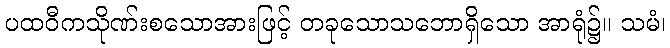
ပထဝီကသိုဏ်းစသောအားဖြင့် တခုသောသဘောရှိသော အာရုံ၌။ သမံ၊